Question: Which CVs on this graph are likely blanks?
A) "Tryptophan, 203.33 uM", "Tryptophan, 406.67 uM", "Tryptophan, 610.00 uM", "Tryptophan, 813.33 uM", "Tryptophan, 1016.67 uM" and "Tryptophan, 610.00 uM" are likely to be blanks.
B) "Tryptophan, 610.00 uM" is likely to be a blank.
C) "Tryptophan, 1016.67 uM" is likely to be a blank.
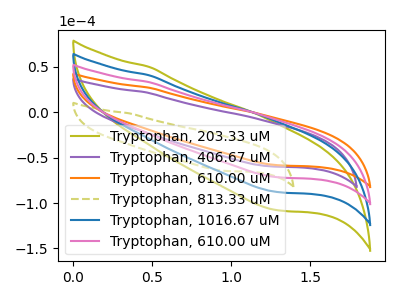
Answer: <think>The olive curve "Tryptophan, 203.33 uM" has no peaks. The purple curve "Tryptophan, 406.67 uM" has no peaks. The orange curve "Tryptophan, 610.00 uM" has no peaks. The olive dashed curve "Tryptophan, 813.33 uM" has no peaks. The blue curve "Tryptophan, 1016.67 uM" has no peaks. The pink curve "Tryptophan, 610.00 uM" has no peaks.</think>
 <answer>A) "Tryptophan, 203.33 uM", "Tryptophan, 406.67 uM", "Tryptophan, 610.00 uM", "Tryptophan, 813.33 uM", "Tryptophan, 1016.67 uM" and "Tryptophan, 610.00 uM" are likely to be blanks.</answer>
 <eval>A</eval>